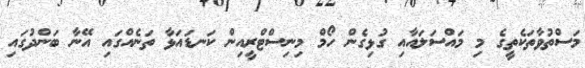
މަސްތުވާތަކެތީގެ މި މައްސަލައާއި ގުޅިގެން ހޯމް މިނިސްޓްރީއިން ކަނޑައަޅާ ތަނެއްގައި އޭނާ ބަންދުގައި